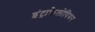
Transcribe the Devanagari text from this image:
इंट्राफ़ैलोपियन